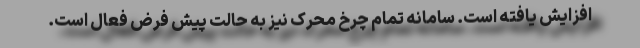
افزایش یافته است. سامانه تمام چرخ محرک نیز به حالت پیش فرض فعال است.